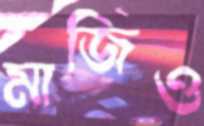
মাজিও